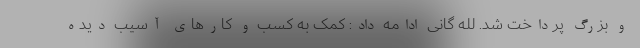
و بزرگ پرداخت شد. لله گانی ادامه داد: کمک به کسب و کارهای آسیب دیده